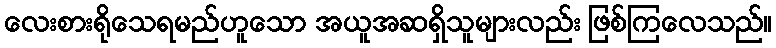
လေးစားရိုသေရမည်ဟူသော အယူအဆရှိသူများလည်း ဖြစ်ကြလေသည်။